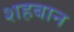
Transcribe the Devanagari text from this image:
शहबान